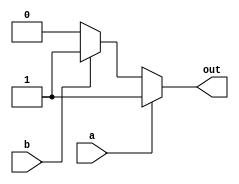

`timescale 1ns/1ps


module or_1bit(a, b, out);

input a, b ;
output reg out;

always @(a or b ) begin
	
	if (a == 1'b0) begin
		if(b == 1'b0)
		out = 1'b0;

		else
		out = 1'b1;
	end
	else
	out = 1'b1;
		
end

endmodule